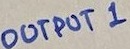
Text: OUTPUT 1